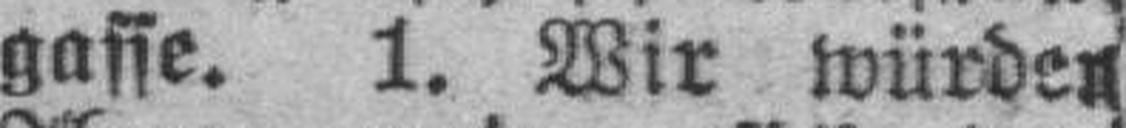
gasse. 1. Wir würden